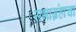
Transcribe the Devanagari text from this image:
सभाग्रंहाचा